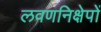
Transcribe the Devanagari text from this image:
लवणनिक्षेपों